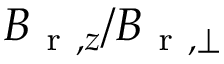
B _ { \mathrm { ~ r ~ } , z } / B _ { \mathrm { ~ r ~ } , \perp }